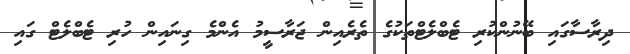
ދިރާސާގައި ބޭނުންކުރި ޓެބްލެޓްތަކުގެ ތެރެއިން ޖަރާސީމު އެންމެ ގިނައިން ހުރި ޓެބްލެޓް ގައި